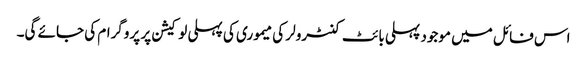
اس فائل میں موجود پہلی بائٹ کنٹرولر کی میموری کی پہلی لو کیشن پر پروگرام کی جائے گی۔